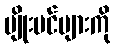
ပျိုးပင်များကို